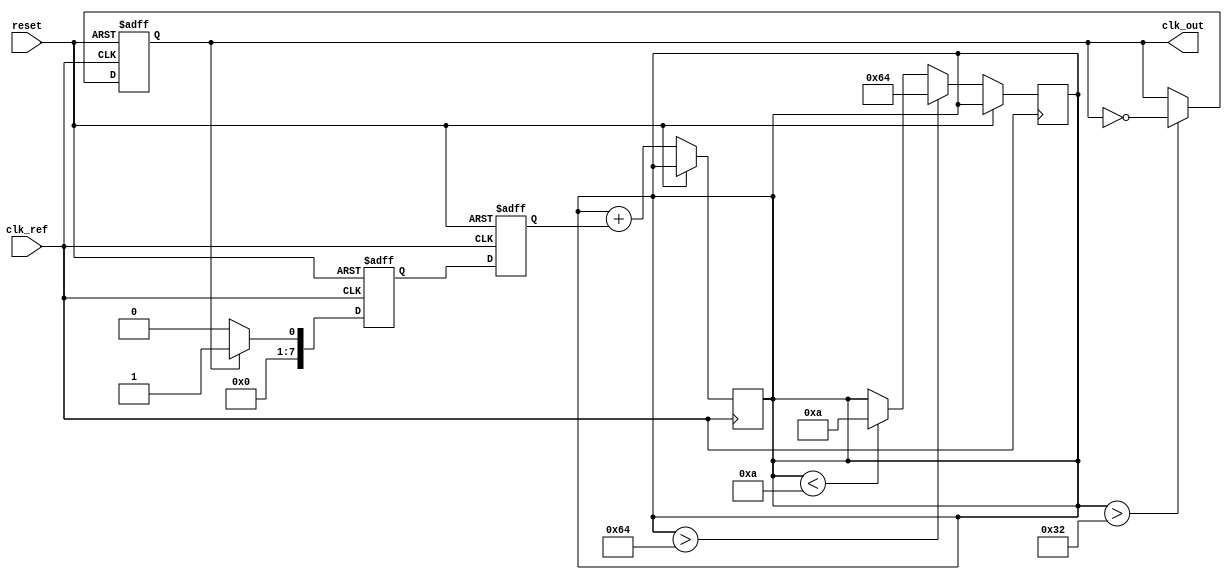
module adpll (
    input wire clk_ref,                  // Reference clock input
    input wire reset,                    // Reset signal
    output reg clk_out                   // Output clock signal
);

    // Parameters for the ADPLL
    parameter MEMORY_SIZE = 256;        // Size of the memory block
    parameter DCO_MAX_FREQ = 100;       // Maximum frequency of the DCO
    parameter DCO_MIN_FREQ = 10;        // Minimum frequency of the DCO
    parameter CONTROL_WIDTH = 8;        // Control signal width for DCO

    // Internal signals
    reg [CONTROL_WIDTH-1:0] dco_control; // Control signal for DCO
    reg [CONTROL_WIDTH-1:0] error_signal; // Error signal from phase detector
    wire [CONTROL_WIDTH-1:0] mem_out;    // Output from memory block
    reg [7:0] memory [0:MEMORY_SIZE-1];   // Memory block
    reg [7:0] phase_detector_out;          // Output of phase detector

    // Phase Detector (PFD)
    always @(posedge clk_ref or posedge reset) begin
        if (reset) begin
            phase_detector_out <= 0;
        end else begin
            // Simple phase detection logic (can be improved)
            if (clk_out) begin
                phase_detector_out <= 1; // Output high if output clock is high
            end else begin
                phase_detector_out <= 0; // Output low if output clock is low
            end
        end
    end

    // Loop Filter
    always @(posedge clk_ref or posedge reset) begin
        if (reset) begin
            error_signal <= 0;
        end else begin
            // Simple loop filter (can be enhanced)
            error_signal <= phase_detector_out; // Directly using the phase detector output
            dco_control <= dco_control + error_signal; // Adjust control signal based on error
        end
    end

    // Memory Block (Frequency Synthesizer)
    always @(posedge clk_ref) begin
        // Simple example of loading frequency values into memory
        memory[0] = 8'd20; // Frequency value
        memory[1] = 8'd40; // Frequency value
        // ... Initialize other values as needed

        // Read from memory based on control signal
        if (dco_control < MEMORY_SIZE) begin
            mem_out <= memory[dco_control];
        end
    end

    // Digital Controlled Oscillator (DCO)
    always @(posedge clk_ref or posedge reset) begin
        if (reset) begin
            clk_out <= 0; // Reset output clock
        end else begin
            // Basic DCO implementation (can be enhanced)
            if (dco_control > DCO_MAX_FREQ) begin
                dco_control <= DCO_MAX_FREQ; // Limit control to max frequency
            end else if (dco_control < DCO_MIN_FREQ) begin
                dco_control <= DCO_MIN_FREQ; // Limit control to min frequency
            end
            
            // Generate output clock based on control signal
            clk_out <= (dco_control > 50) ? ~clk_out : clk_out; // Example condition
        end
    end

    // Output Buffer (not implemented, typically includes signal buffering)
    // Can be added here as needed

endmodule